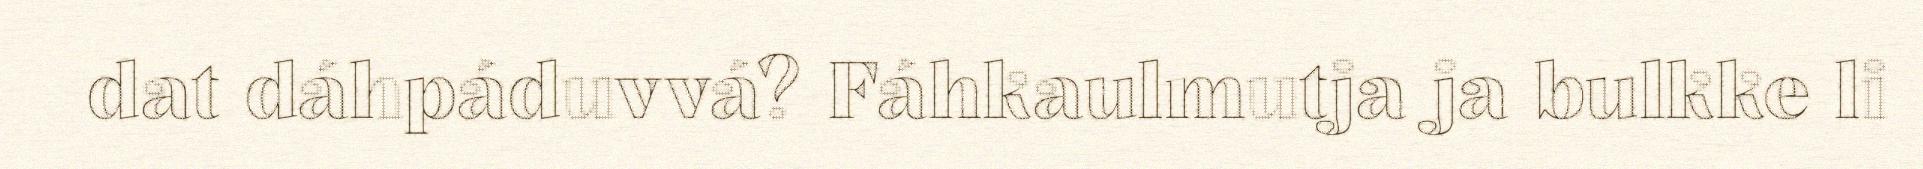
dat dáhpáduvvá? Fáhkaulmutja ja bulkke li